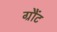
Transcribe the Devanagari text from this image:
ग्रौंट